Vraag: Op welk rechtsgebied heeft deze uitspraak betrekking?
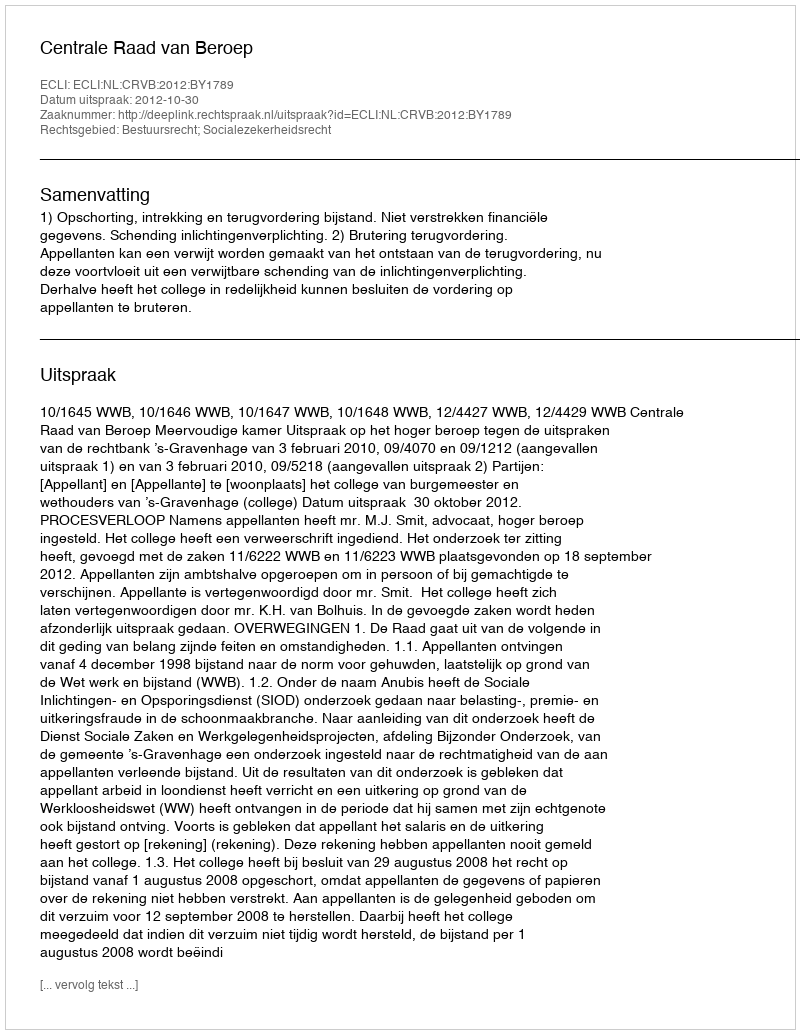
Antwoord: Bestuursrecht; Socialezekerheidsrecht